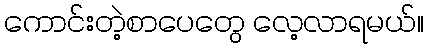
ကောင်းတဲ့စာပေတွေ လေ့လာရမယ်။